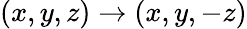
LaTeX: \left({x,y,z}\right)\to\left({x,y,-z}\right)